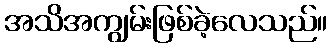
အသိအကျွမ်းဖြစ်ခဲ့လေသည်။